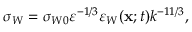
\sigma _ { W } = \sigma _ { W 0 } \varepsilon ^ { - 1 / 3 } \varepsilon _ { W } ( { \bf { x } } ; t ) k ^ { - 1 1 / 3 } ,